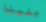
علينا